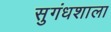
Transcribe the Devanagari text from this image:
सुगंधशाला